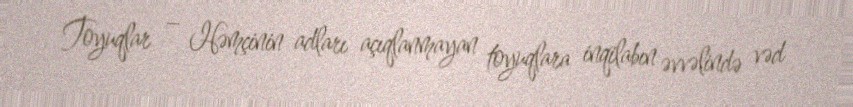
Toyuqlar – Həmçinin adları açıqlanmayan toyuqlara inqilabın əvvəlində vəd